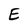
Character: E